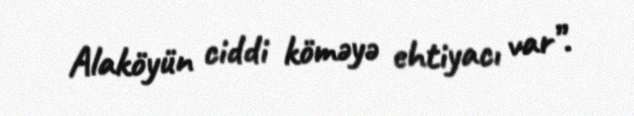
Alaköyün ciddi köməyə ehtiyacı var”.